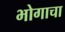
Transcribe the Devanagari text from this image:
भोगाचा